Vaccination Hyderabad 1872-1889 - 1872-1889
Year: 1872
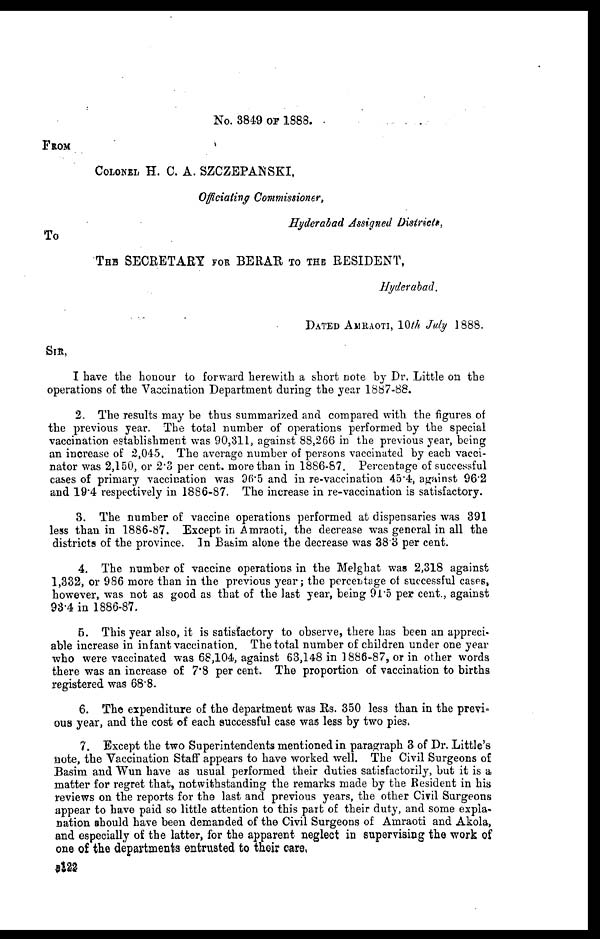
No. 3849 OF 1888.
FROM
COLONEL H. C. A. SZCZEPANSKI,
Officiating Commissioner,
Hyderabad Assigned Districts,
To
THE SECRETARY FOR BERAR TO THE RESIDENT,
Hyderabad.
DATED AMRAOTI, 10th July 1888.
SIR,
I have the honour to forward herewith a short note by Dr. Little on the
operations of the Vaccination Department during the year 1887-88.
2. The results may be thus summarized and compared with the figures of
the previous year. The total number of operations performed by the special
vaccination establishment was 90,311, against 88,266 in the previous year, being
an increase of 2,045. The average number of persons vaccinated by each vacci-
nator was 2,150, or 2.3 per cent. more than in 1886-87. Percentage of successful
cases of primary vaccination was 96.5 and in re-vaccination 45.4, against 96.2
and 19.4 respectively in 1886-87. The increase in re-vaccination is satisfactory.
3. The number of vaccine operations performed at dispensaries was 391
less than in 1886-87. Except in Amraoti, the decrease was general in all the
districts of the province. In Basim alone the decrease was 38.3 per cent.
4. The number of vaccine operations in the Melghat was 2,318 against
1,332, or 986 more than in the previous year; the percentage of successful cases,
however, was not as good as that of the last year, being 91.5 per cent., against
93.4 in 1886-87.
5. This year also, it is satisfactory to observe, there has been an appreci-
able increase in infant vaccination. The total number of children under one year
who were vaccinated was 68,104, against 63,148 in 1886-87, or in other words
there was an increase of 7.8 per cent. The proportion of vaccination to births
registered was 68.8.
6. The expenditure of the department was Rs. 350 less than in the previ-
ous year, and the cost of each successful case was less by two pies.
7. Except the two Superintendents mentioned in paragraph 3 of Dr. Little's
note, the Vaccination Staff appears to have worked well. The Civil Surgeons of
Basim and Wun have as usual performed their duties satisfactorily, but it is a
matter for regret that, notwithstanding the remarks made by the Resident in his
reviews on the reports for the last and previous years, the other Civil Surgeons
appear to have paid so little attention to this part of their duty, and some expla-
nation should have been demanded of the Civil Surgeons of Amraoti and Akola,
and especially of the latter, for the apparent neglect in supervising the work of
one of the departments entrusted to their care.
B122